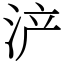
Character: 浐